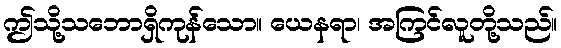
ဤသို့သဘောရှိကုန်သော။ ယေနရာ၊ အကြင်လူတို့သည်။